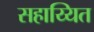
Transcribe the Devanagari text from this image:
सहाय्यित